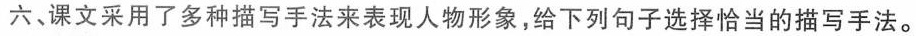
六、课文采用了多种描写手法来表现人物形象，给下列句子选择恰当的描写手法。